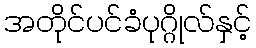
အတိုင်ပင်ခံပုဂ္ဂိုလ်နှင့်